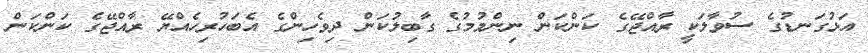
އަޅުގަނޑުގެ ސުވާލަކީ ރާއްޖޭގެ ކަންކަން ނިންމުމުގެ ގާބިލުކަން ދިވެހިންގެ އެބަހުރިހެއްޔޭ ރާއްޖޭގެ ކަންކަން